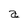
Character: a